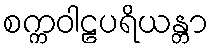
စက္ကဝါဠပရိယန္တာ